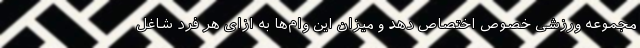
مجموعه ورزشی خصوص اختصاص دهد و میزان این وام‌ها به ازای هر فرد شاغل